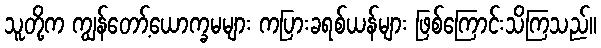
သူတို့က ကျွန်တော့်ယောက္ခမများ ကပြားခရစ်ယန်များ ဖြစ်ကြောင်းသိကြသည်။